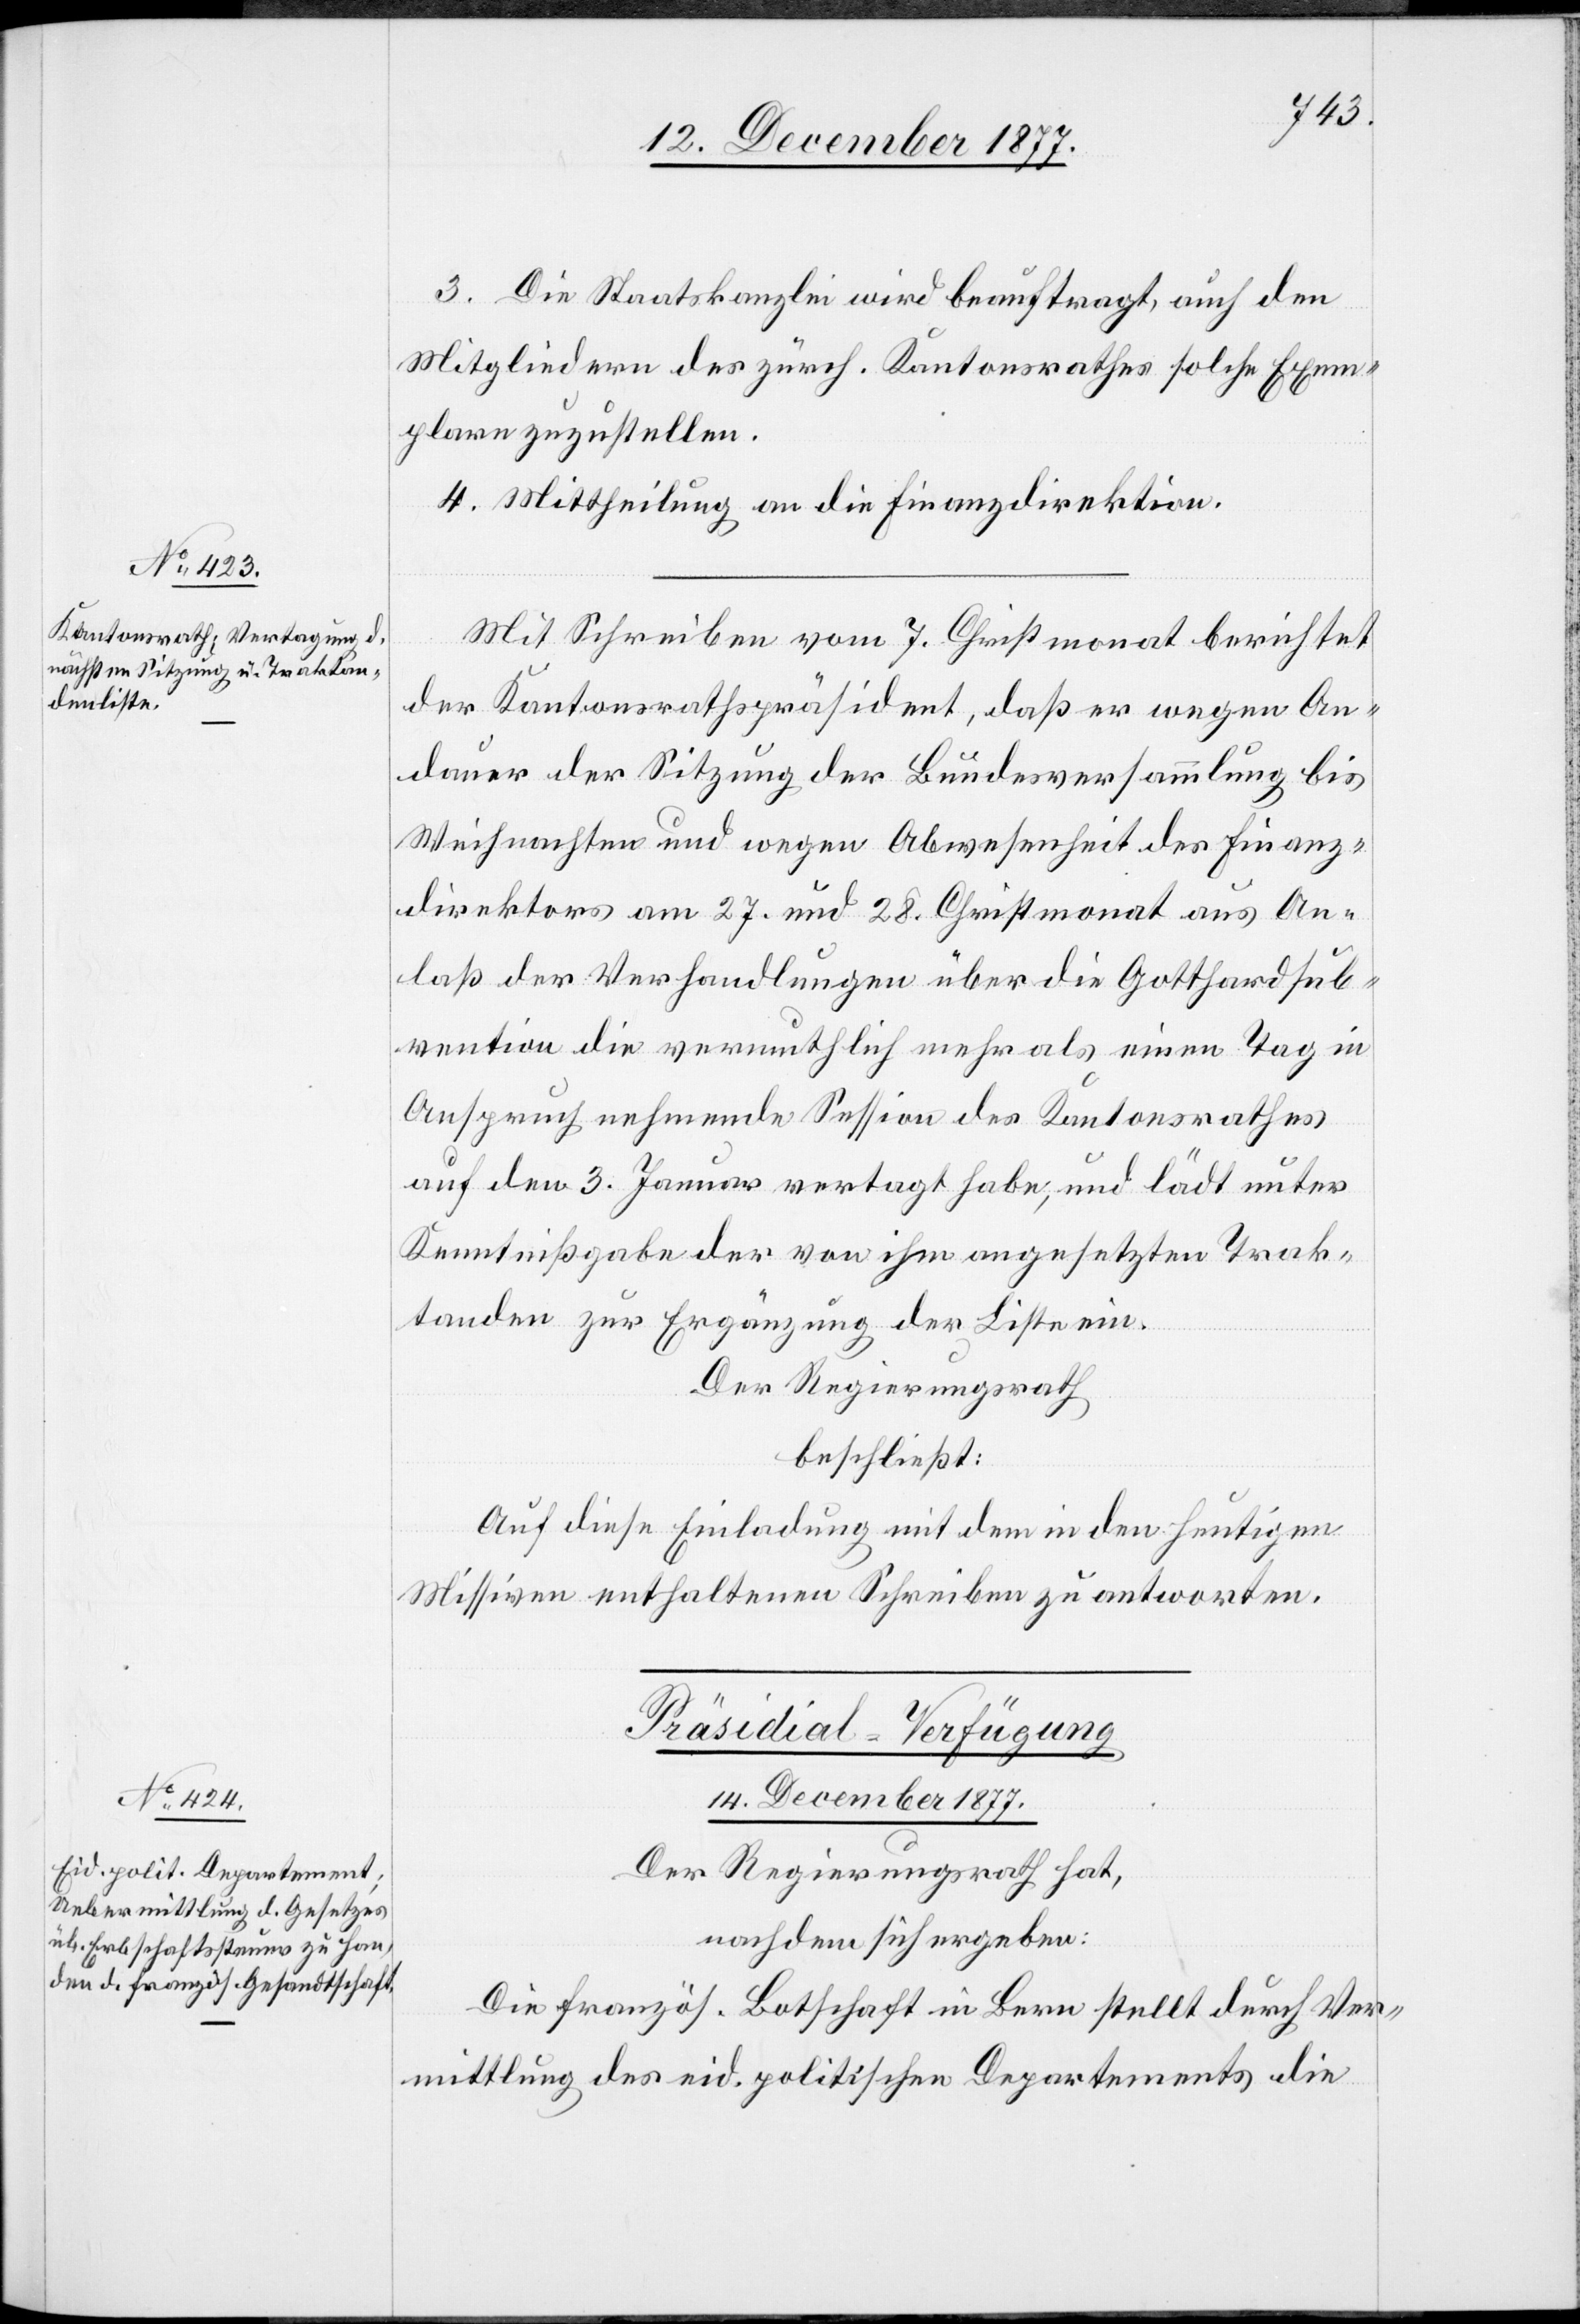
3. Die Staatskanzlei wird beauftragt, auch den
Mitgliedern des zürch. Kantonsrathes solche Exem¬
plare zuzustellen.
4. Mittheilung an die Finanzdirektion.
Mit Schreiben vom 7. Christmonat berichtet
der Kantonsrathspräsident, daß er wegen An¬
dauer der Sitzung der Bundesversammlung bis
Weihnachten und wegen Abwesenheit des Finanz¬
direktors am 27. und 28. Christmonat aus An¬
laß der Verhandlungen über die Gotthardsub¬
vention die vermuthlich mehr als einen Tag in
Anspruch nehmende Session des Kantonsrathes
auf den 3. Januar vertagt habe, und lädt unter
Kenntnißgabe der von ihm angesetzten Trak¬
tanden zur Ergänzung der Liste ein.
Der Regierungsrath
beschließt:
Auf diese Einladung mit dem in den heutigen
Missiven enthaltenen Schreiben zu antworten.
Präsidial-Verfügung
14. December 1877.
Der Regierungsrath hat,
nachdem sich ergeben:
Die französ. Botschaft in Bern stellt durch Ver¬
mittlung des eid. politischen Departements die